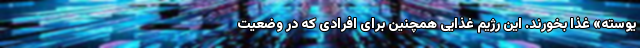
یوسته» غذا بخورند. این رژیم غذایی همچنین برای افرادی که در وضعیت